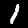
Digit: 1